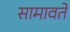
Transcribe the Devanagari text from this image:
सामावते